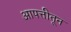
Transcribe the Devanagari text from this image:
आपत्तीतून